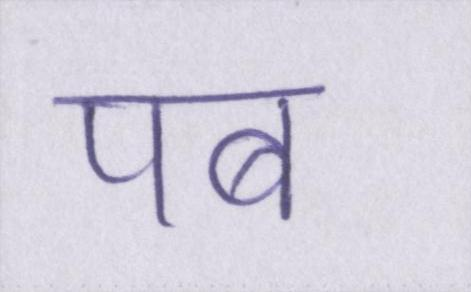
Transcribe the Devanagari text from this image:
पब